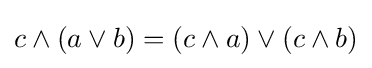
c\wedge (a\vee b)=(c\wedge a)\vee (c\wedge b)